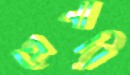
প্লেনারি